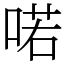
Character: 喏